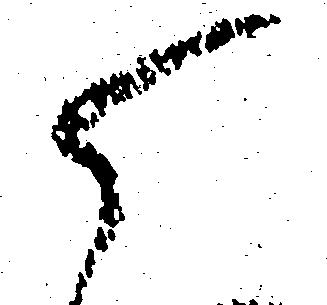
ら